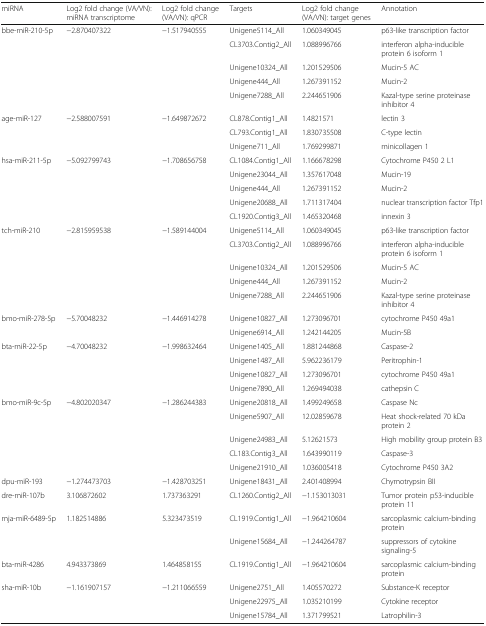
<table><thead><tr><td><b>miRNA</b></td><td><b>Log2 fold change (VA/VN): miRNA transcriptome</b></td><td><b>Log2 fold change (VA/VN): qPCR</b></td><td><b>Targets</b></td><td><b>Log2 fold change (VA/VN): target genes</b></td><td><b>Annotation</b></td></tr></thead><tbody><tr><td>bbe-miR-210-5p</td><td>−2.870407322</td><td>−1.517940555</td><td>Unigene5114_All</td><td>1.060349045</td><td>p63-like transcription factor</td></tr><tr><td></td><td></td><td></td><td>CL3703.Contig2_All</td><td>1.088996766</td><td>interferon alpha-inducible protein 6 isoform 1</td></tr><tr><td></td><td></td><td></td><td>Unigene10324_All</td><td>1.201529506</td><td>Mucin-5 AC</td></tr><tr><td></td><td></td><td></td><td>Unigene444_All</td><td>1.267391152</td><td>Mucin-2</td></tr><tr><td></td><td></td><td></td><td>Unigene7288_All</td><td>2.244651906</td><td>Kazal-type serine proteinase inhibitor 4</td></tr><tr><td>age-miR-127</td><td>−2.588007591</td><td>−1.649872672</td><td>CL878.Contig1_All</td><td>1.4821571</td><td>lectin 3</td></tr><tr><td></td><td></td><td></td><td>CL793.Contig1_All</td><td>1.830735508</td><td>C-type lectin</td></tr><tr><td></td><td></td><td></td><td>Unigene711_All</td><td>1.769299871</td><td>minicollagen 1</td></tr><tr><td>hsa-miR-211-5p</td><td>−5.092799743</td><td>−1.708656758</td><td>CL1084.Contig1_All</td><td>1.166678298</td><td>Cytochrome P450 2 L1</td></tr><tr><td></td><td></td><td></td><td>Unigene23044_All</td><td>1.357617048</td><td>Mucin-19</td></tr><tr><td></td><td></td><td></td><td>Unigene444_All</td><td>1.267391152</td><td>Mucin-2</td></tr><tr><td></td><td></td><td></td><td>Unigene20688_All</td><td>1.711317404</td><td>nuclear transcription factor Tfp1</td></tr><tr><td></td><td></td><td></td><td>CL1920.Contig3_All</td><td>1.465320468</td><td>innexin 3</td></tr><tr><td>tch-miR-210</td><td>−2.815959538</td><td>−1.589144004</td><td>Unigene5114_All</td><td>1.060349045</td><td>p63-like transcription factor</td></tr><tr><td></td><td></td><td></td><td>CL3703.Contig2_All</td><td>1.088996766</td><td>interferon alpha-inducible protein 6 isoform 1</td></tr><tr><td></td><td></td><td></td><td>Unigene10324_All</td><td>1.201529506</td><td>Mucin-5 AC</td></tr><tr><td></td><td></td><td></td><td>Unigene444_All</td><td>1.267391152</td><td>Mucin-2</td></tr><tr><td></td><td></td><td></td><td>Unigene7288_All</td><td>2.244651906</td><td>Kazal-type serine proteinase inhibitor 4</td></tr><tr><td>bmo-miR-278-5p</td><td>−5.70048232</td><td>−1.446914278</td><td>Unigene10827_All</td><td>1.273096701</td><td>cytochrome P450 49a1</td></tr><tr><td></td><td></td><td></td><td>Unigene6914_All</td><td>1.242144205</td><td>Mucin-5B</td></tr><tr><td>bta-miR-22-5p</td><td>−4.70048232</td><td>−1.998632464</td><td>Unigene1405_All</td><td>1.881244868</td><td>Caspase-2</td></tr><tr><td></td><td></td><td></td><td>Unigene1487_All</td><td>5.962236179</td><td>Peritrophin-1</td></tr><tr><td></td><td></td><td></td><td>Unigene10827_All</td><td>1.273096701</td><td>cytochrome P450 49a1</td></tr><tr><td></td><td></td><td></td><td>Unigene7890_All</td><td>1.269494038</td><td>cathepsin C</td></tr><tr><td>bmo-miR-9c-5p</td><td>−4.802020347</td><td>−1.286244383</td><td>Unigene20818_All</td><td>1.499249658</td><td>Caspase Nc</td></tr><tr><td></td><td></td><td></td><td>Unigene5907_All</td><td>12.02859678</td><td>Heat shock-related 70 kDa protein 2</td></tr><tr><td></td><td></td><td></td><td>Unigene24983_All</td><td>5.12621573</td><td>High mobility group protein B3</td></tr><tr><td></td><td></td><td></td><td>CL183.Contig3_All</td><td>1.643990119</td><td>Caspase-3</td></tr><tr><td></td><td></td><td></td><td>Unigene21910_All</td><td>1.036005418</td><td>Cytochrome P450 3A2</td></tr><tr><td>dpu-miR-193</td><td>−1.274473703</td><td>−1.428703251</td><td>Unigene18431_All</td><td>2.401408994</td><td>Chymotrypsin BII</td></tr><tr><td>dre-miR-107b</td><td>3.106872602</td><td>1.737363291</td><td>CL1260.Contig2_All</td><td>−1.153013031</td><td>Tumor protein p53-inducible protein 11</td></tr><tr><td>mja-miR-6489-5p</td><td>1.182514886</td><td>5.323473519</td><td>CL1919.Contig1_All</td><td>−1.964210604</td><td>sarcoplasmic calcium-binding protein</td></tr><tr><td></td><td></td><td></td><td>Unigene15684_All</td><td>−1.244264787</td><td>suppressors of cytokine signaling-5</td></tr><tr><td>bta-miR-4286</td><td>4.943373869</td><td>1.464858155</td><td>CL1919.Contig1_All</td><td>−1.964210604</td><td>sarcoplasmic calcium-binding protein</td></tr><tr><td>sha-miR-10b</td><td>−1.161907157</td><td>−1.211066559</td><td>Unigene2751_All</td><td>1.405570272</td><td>Substance-K receptor</td></tr><tr><td></td><td></td><td></td><td>Unigene22975_All</td><td>1.035210199</td><td>Cytokine receptor</td></tr><tr><td></td><td></td><td></td><td>Unigene15784_All</td><td>1.371799521</td><td>Latrophilin-3</td></tr></tbody></table>